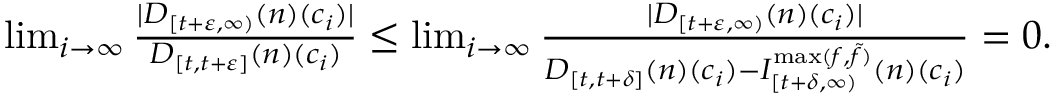
\begin{array} { r } { \operatorname* { l i m } _ { i \to \infty } \frac { | D _ { [ t + \varepsilon , \infty ) } ( n ) ( c _ { i } ) | } { D _ { [ t , t + \varepsilon ] } ( n ) ( c _ { i } ) } \leq \operatorname* { l i m } _ { i \to \infty } \frac { | D _ { [ t + \varepsilon , \infty ) } ( n ) ( c _ { i } ) | } { D _ { [ t , t + \delta ] } ( n ) ( c _ { i } ) - I _ { [ t + \delta , \infty ) } ^ { \operatorname* { m a x } ( f , \tilde { f } ) } ( n ) ( c _ { i } ) } = 0 . } \end{array}